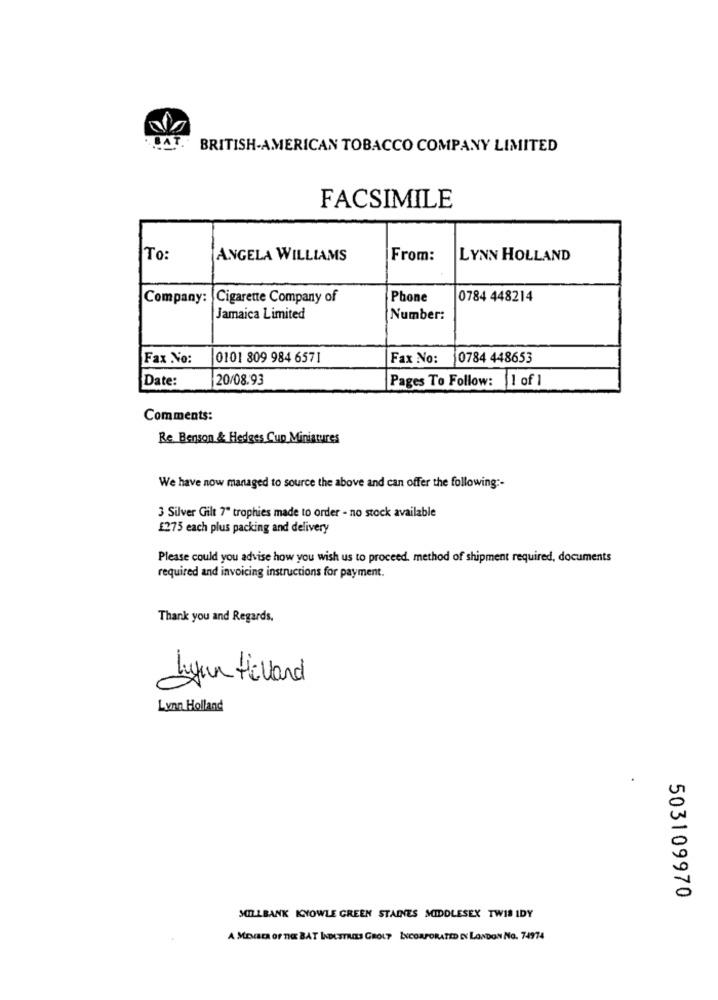
BAT
BRITISH-AMERICAN TOBACCO COMPANY LIMITED
FACSIMILE
To:
ANGELA WILLIAMS
From:
LYNN HOLLAND
Company:
Cigarette Company of
Phone
0784 448214
Jamaica Limited
Number:
Fax No:
0101 809 984 6571
Fax No:
10784 448653
Date:
20/08.93
Pages To Follow: 1 of 1
Comments:
Re Benson & Hedges Cup Miniatures
We have now managed to source the above and can offer the following :-
3 Silver Gilt 7" trophies made to order - no stock available
£275 each plus packing and delivery
Please could you advise how you wish us to proceed, method of shipment required, documents
required and invoicing instructions for payment.
Thank you and Regards,
Lynn Holland
Lynn Holland
503109970
SOLLBANK KNOWLE GREEN STAINES MIDDLESEX TWIS IDY
A MEMBER OF THE BAT INDUSTRIES GROLT INCORPORATED IN LONDON No. 74974